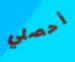
أحصلي